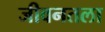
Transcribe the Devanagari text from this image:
जीवनतला